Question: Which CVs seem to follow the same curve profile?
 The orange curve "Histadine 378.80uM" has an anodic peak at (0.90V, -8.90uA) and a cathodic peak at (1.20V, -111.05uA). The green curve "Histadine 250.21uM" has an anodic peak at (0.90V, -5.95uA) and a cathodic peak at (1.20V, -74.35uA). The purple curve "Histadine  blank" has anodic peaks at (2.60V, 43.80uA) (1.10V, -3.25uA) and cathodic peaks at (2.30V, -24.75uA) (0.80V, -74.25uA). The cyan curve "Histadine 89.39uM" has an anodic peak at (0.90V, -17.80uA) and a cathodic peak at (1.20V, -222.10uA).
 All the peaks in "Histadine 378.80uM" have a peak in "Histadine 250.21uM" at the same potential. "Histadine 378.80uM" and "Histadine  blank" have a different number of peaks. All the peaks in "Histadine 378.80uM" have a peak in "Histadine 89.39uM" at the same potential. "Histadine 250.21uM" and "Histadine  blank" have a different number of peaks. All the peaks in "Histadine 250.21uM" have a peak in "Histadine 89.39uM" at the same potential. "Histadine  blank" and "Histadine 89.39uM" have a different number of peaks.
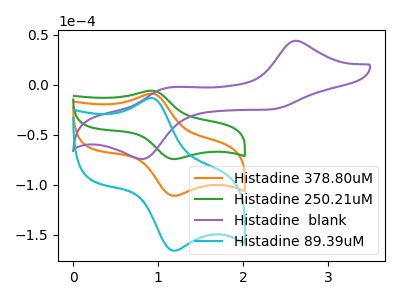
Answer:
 <answer>"Histadine 250.21uM", "Histadine 378.80uM" and "Histadine 89.39uM" have the same shape and are likely CV's of the same chemical.</answer>
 <eval>"Histadine 250.21uM" "Histadine 378.80uM" "Histadine 89.39uM"</eval>